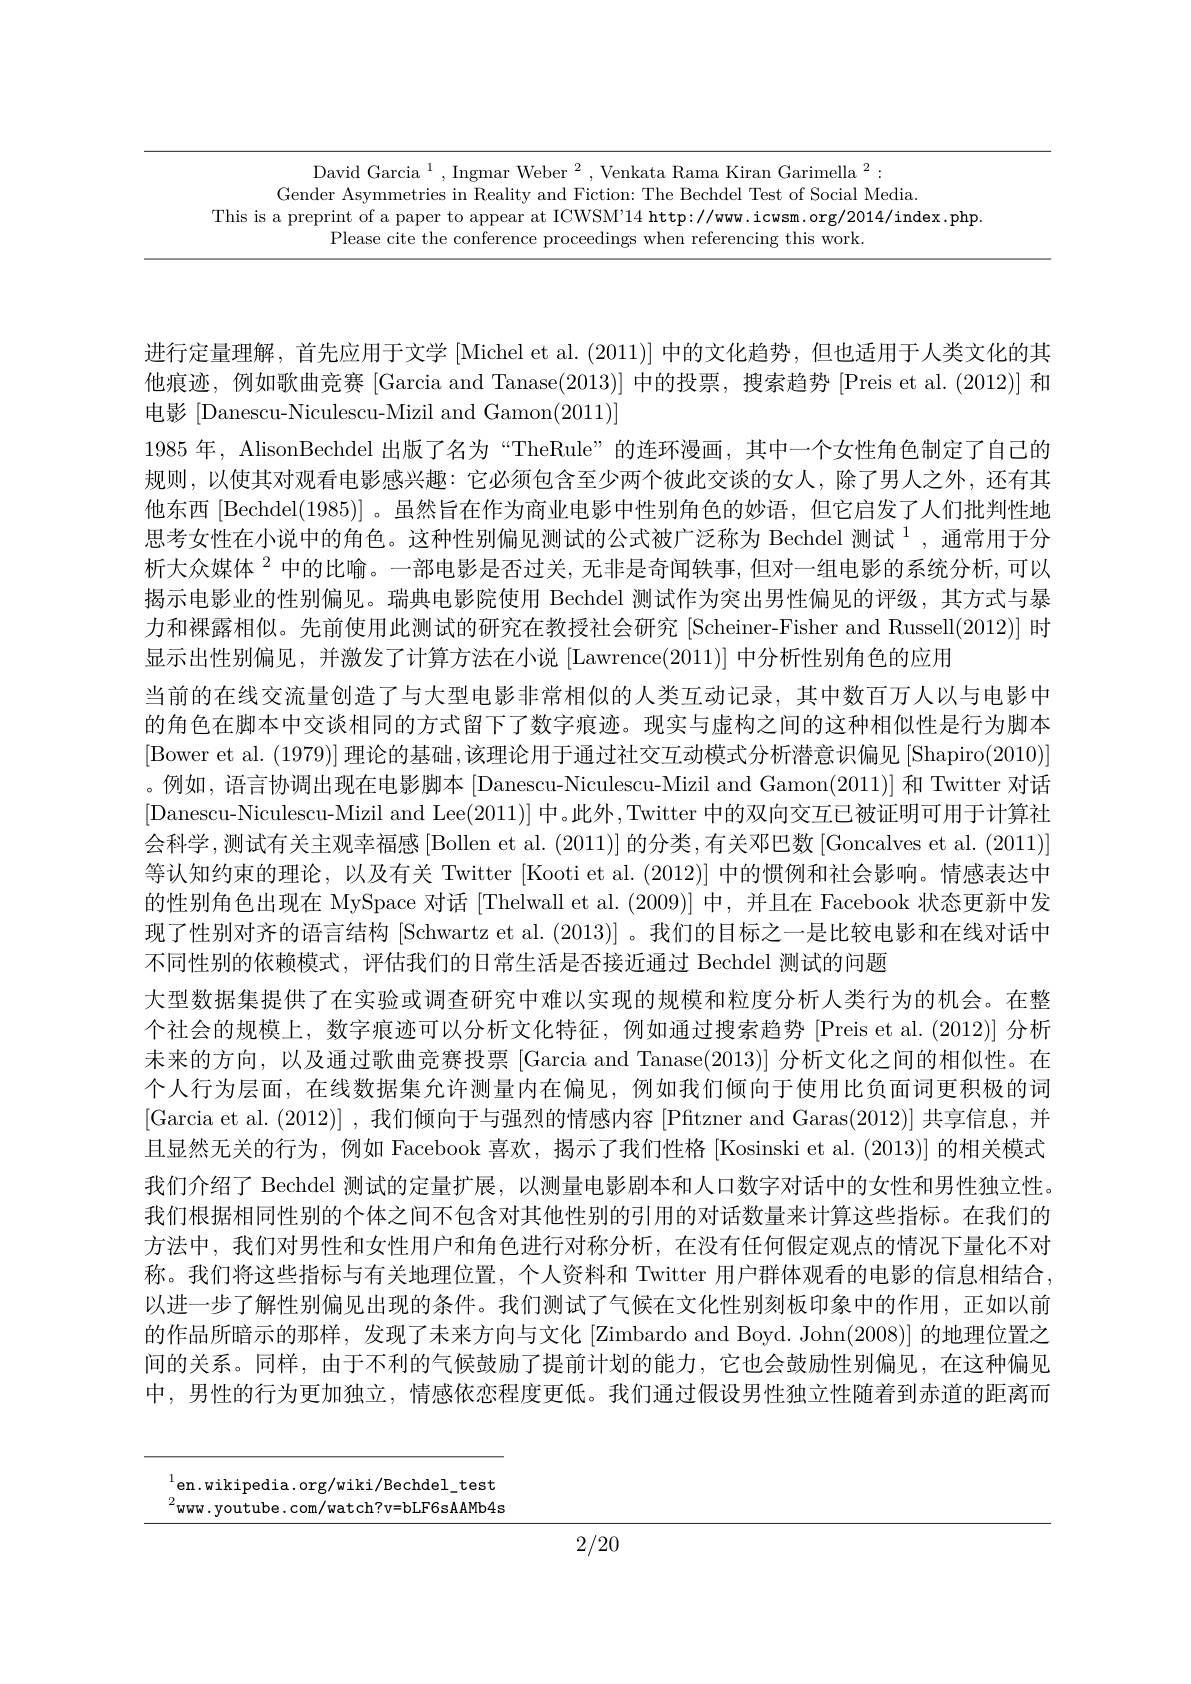
David Garcia $^1,\text{Ingmar Weber}^2$,Venkata Rama Kiran Garimella$^2:$
Gender Asymmetries in Reality and Fiction: The Bechdel Test of Social Media.
This is a preprint of a paper to appear at ICWSM'14 http://www.icwsm.org/2014/index.php.
Please cite the conference proceedings when referencing this work.

进行定量理解，首先应用于文学 [Michel et al. (2011)] 中的文化趋势，但也适用于人类文化的其他痕迹，例如歌曲竞赛 [Garcia and Tanase(2013)] 中的投票，搜索趋势 [Preis et al.(2012)] 和电影[Danescu-Niculescu-Mizil and Gamon(2011)]
1985 年，AlisonBechdel 出版了名为“TheRule”的连环漫画，其中一个女性角色制定了自己的规则，以使其对观看电影感兴趣：它必须包含至少两个彼此交谈的女人，除了男人之外，还有其他东西[Bechdel(1985)]。虽然旨在作为商业电影中性别角色的妙语，但它启发了人们批判性地思考女性在小说中的角色。这种性别偏见测试的公式被广泛称为 Bechdel 测试$^1$,通常用于分析大众媒体$^{2}$中的比喻。一部电影是否过关，无非是奇闻轶事，但对一组电影的系统分析，可以揭示电影业的性别偏见。瑞典电影院使用 Bechdel 测试作为突出男性偏见的评级，其方式与暴力和裸露相似。先前使用此测试的研究在教授社会研究 [Scheiner-Fisher and Russell(2012)] 时显示出性别偏见，并激发了计算方法在小说 [Lawrence(2011)] 中分析性别角色的应用
当前的在线交流量创造了与大型电影非常相似的人类互动记录，其中数百万人以与电影中的角色在脚本中交谈相同的方式留下了数字痕迹。现实与虚构之间的这种相似性是行为脚本[Bower et al. (1979)]理论的基础，该理论用于通过社交互动模式分析潜意识偏见[Shapiro(2010)] 。例如，语言协调出现在电影脚本[Danescu-Niculescu-Mizil and Gamon(2011)] 和 Twitter 对话[Danescu-Niculescu-Mizil and Lee(2011)]中。此外，Twitter 中的双向交互已被证明可用于计算社会科学，测试有关主观幸福感[Bollen et al. (2011)] 的分类，有关邓巴数 [Goncalves et al. (2011)] 等认知约束的理论，以及有关 Twitter [Kooti et al. (2012)] 中的惯例和社会影响。情感表达中的性别角色出现在 MySpace 对话 [Thelwall et al. (2009)] 中，并且在 Facebook 状态更新中发现了性别对齐的语言结构 [Schwartz et al. (2013)] 。我们的目标之一是比较电影和在线对话中不同性别的依赖模式，评估我们的日常生活是否接近通过 Bechdel 测试的问题
大型数据集提供了在实验或调查研究中难以实现的规模和粒度分析人类行为的机会。在整个社会的规模上，数字痕迹可以分析文化特征，例如通过搜索趋势[Preis et al.(2012)] 分析未来的方向，以及通过歌曲竞赛投票 [Garcia and Tanase(2013)] 分析文化之间的相似性。在个人行为层面，在线数据集允许测量内在偏见，例如我们倾向于使用比负面词更积极的词[Garcia et al.(2012)] ,我们倾向于与强烈的情感内容[Pftzner and Garas(2012)] 共享信息，并且显然无关的行为，例如 Facebook 喜欢，揭示了我们性格[Kosinski et al. (2013)] 的相关模式我们介绍了 Bechdel 测试的定量扩展，以测量电影剧本和人口数字对话中的女性和男性独立性。我们根据相同性别的个体之间不包含对其他性别的引用的对话数量来计算这些指标。在我们的方法中，我们对男性和女性用户和角色进行对称分析，在没有任何假定观点的情况下量化不对称。我们将这些指标与有关地理位置，个人资料和 Twitter 用户群体观看的电影的信息相结合， 以进一步了解性别偏见出现的条件。我们测试了气候在文化性别刻板印象中的作用，正如以前的作品所暗示的那样，发现了未来方向与文化 [Zimbardo and Boyd. John(2008)] 的地理位置之间的关系。同样，由于不利的气候鼓励了提前计划的能力，它也会鼓励性别偏见，在这种偏见中，男性的行为更加独立，情感依恋程度更低。我们通过假设男性独立性随着到赤道的距离而

${}_{\mathrm{o}}^{1}$en.wikipedia.org/wiki/Bechdel\_test $^{2}$www.youtube.com/watch?v=bLF6sAAMb4s

2/20